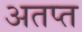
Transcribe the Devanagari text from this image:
अतप्त